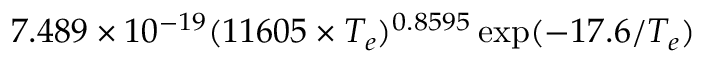
7 . 4 8 9 \times 1 0 ^ { - 1 9 } ( 1 1 6 0 5 \times T _ { e } ) ^ { 0 . 8 5 9 5 } \exp ( { - 1 7 . 6 / T _ { e } } )